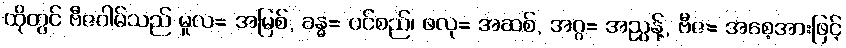
ထိုတွင် ဗီဇဂါမ်သည် မူလ= အမြစ်, ခန္ဓ= ပင်စည်၊ ဖလု= အဆစ်, အဂ္ဂ= အညွန့်, ဗီဇ= အစေ့အားဖြင့်